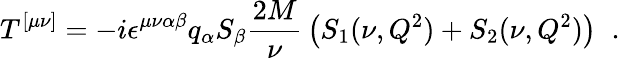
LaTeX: T^{[\mu\nu]}=-i\epsilon^{\mu\nu\alpha\beta}q_{\alpha}S_{\beta}{\frac{2M}{\nu}}\left(S_{1}(\nu,Q^{2})+S_{2}(\nu,Q^{2})\right)\; \; .